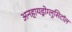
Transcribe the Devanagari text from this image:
अनहायड्रोग्लुसिटॉल